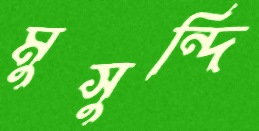
মুসুন্দি